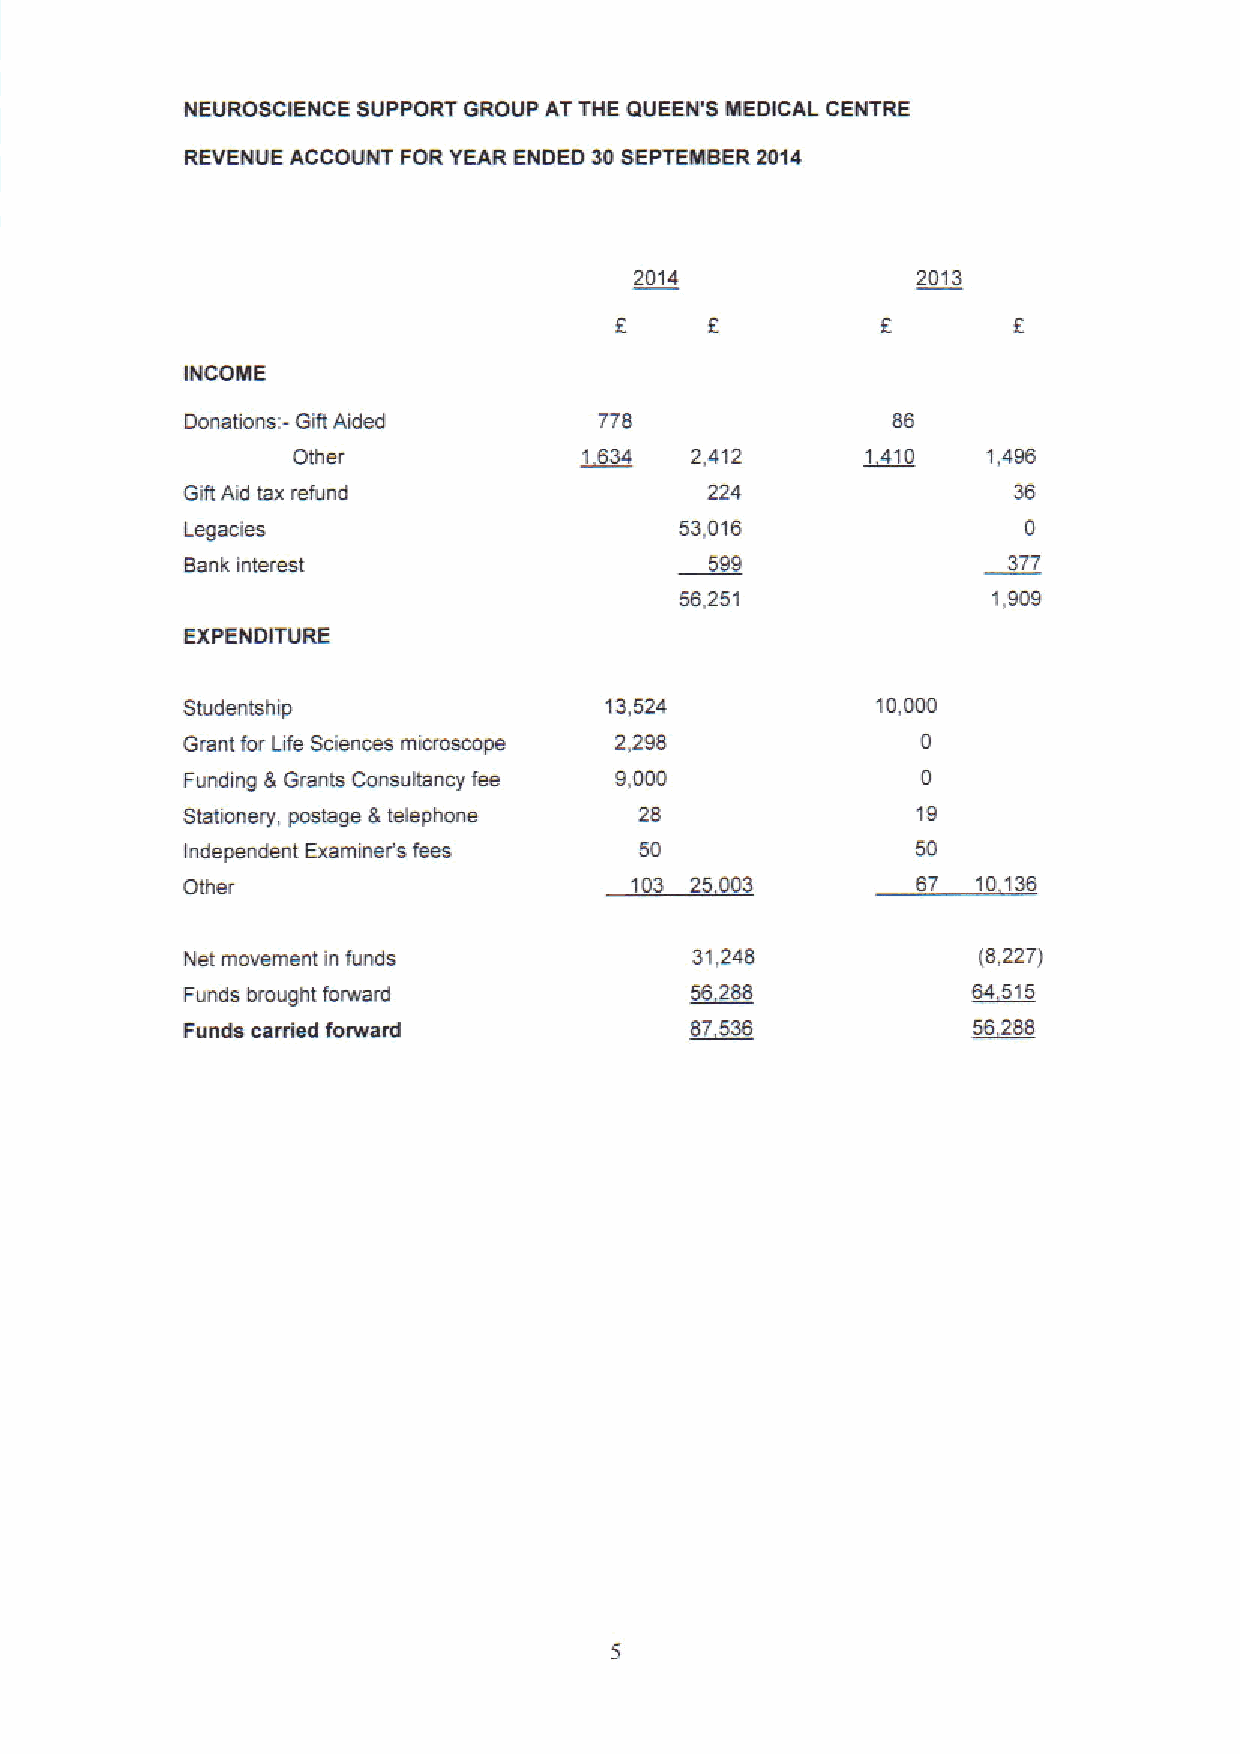
NEUROSCIEHCE SUPPORT GROUP AT THE QUEEN'S MEDICAL CENTRE
 REVENUE ACCOUNT FOR YEAR ENDED 30SEPTEMBER2014
 2D14               2013
 INCOME
 Donations:- Gift Akled      778                86
 Other               1 634  2,412      1 410   1,496
 Gift Aid tax refund                224
 Legacies                         53,016
 Bank interest                      599                 377
 56,251               1,909
 EXPENDITURE
 Studentship                 13,524            10,DDD
 Grant for Life Sciences microscope 2,298
 Funding 8, Grants Consultancy fee 9,000
 Stattonery, postage &telephone 28
 Independent Examiner's fees   5D
 Other                         103 25 003         67  1D136
 Net movement in funds             31,248             (8,227)
 Funds brought forward             56 288            54515
 Funds carried forwartl            87 536            56288